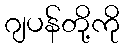
ဂျပန်တို့ကို